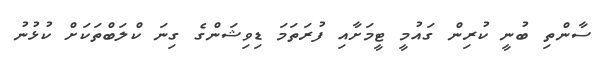
ސާންތި ބުނީ ކުރިން ގައުމީ ޓީމަށާއި ފުރަތަމަ ޑިވިޝަންގެ ގިނަ ކްލަބްތަކަށް ކުޅުނު